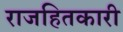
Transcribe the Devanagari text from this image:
राजहितकारी